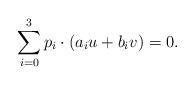
LaTeX: \begin{align*}\sum\limits_{i=0}^3 p_i\cdot(a_iu+b_iv) = 0.\end{align*}